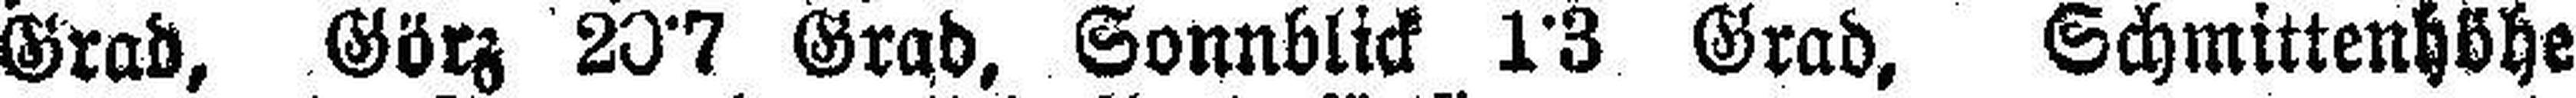
Grad, Görz 20°7 Grad, Sonnblick 1°3 Grad, Schmittenhöhe